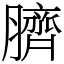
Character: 臍